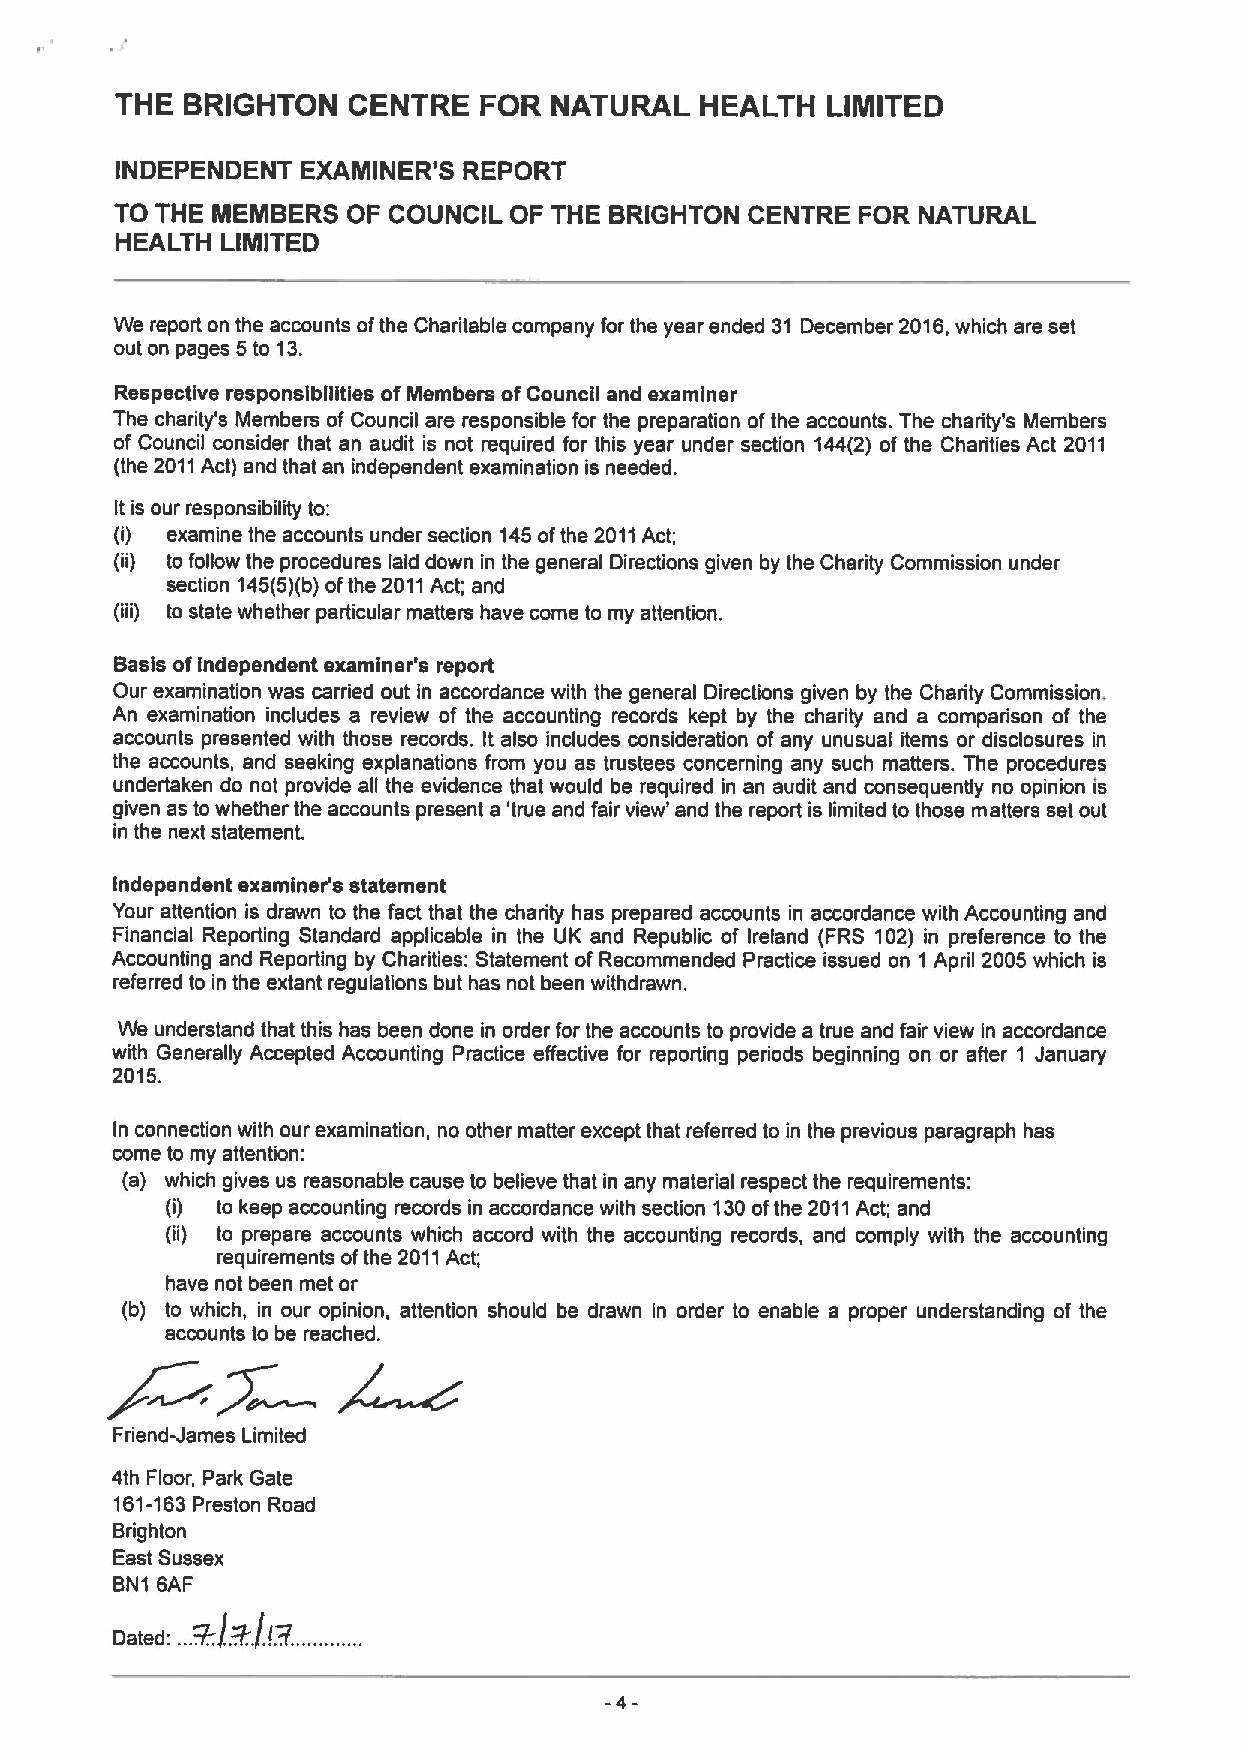
THE BRIGHTON   CENTRE   FOR NATURAL   HEALTH   LIMITED
 INDEPENDENT EXAMINER'S REPORT
 TO THE MEMBERS OF COUNCIL OF THE BRIGHTON CENTRE FOR NATURAL
 HEALTH LIMITED
 We report on the accounts ofthe Charitable company for the year ended 31 December 2016,which are set
 out on pages 5to 13.
 Respective responsibilities ofMembers ofCouncil and examiner
 The charity's Members of Council are responsible for the preparation ofthe accounts. The charity's Members
 of Council consider that an audit is not required for this year under section 144(2) of the Charities Act 2011
 (the 2011Act) and that an independent examination is needed.
 It is our responsibility to:
 (i) examine the accounts under section 145ofthe 2011Act;
 (ii) to follow the procedures laid down in the general Directions given by the Chadty Commission under
 section 145(5)(b)ofthe 2011Act; and
 (iii) to state whether particular matters have come to my attention.
 Basis ofindependent examiner's report
 Dur examination was carried out in accordance with the general Directions given by the Charity Commission,
 An examination includes a review of the accounting records kept by the charity and a comparison of the
 accounts presented with those records. It also includes consideration of any unusual items or disclosures in
 the accounts, and seeking explanations from you as trustees concerning any such matters. The procedures
 undertaken do not provide all the evidence that would be required in an audit and consequently no opinion is
 given as to whether the accounts present a 'true and fair view' and the report is limited to those matters set out
 in the next statement.
 Independent examiner's statement
 Your attention is drawn to the fact that the charity has prepared accounts in accordance with Accounting and
 Financial Reporting Standard applicable in the UK and Republic of Ireland (FRS 102) in preference to the
 Accounting and Reporting by Charities: Statement of Recommended Practice issued on 1 April 2005 which is
 referred to in the extant regulations but has not been withdrawn.
 We understand that this has been done in order for the accounts to provide a true and fair view in accordance
 with Generally Accepted Accounting Practice effective for reporting periods beginning on or after 1 January
 2015.
 In connection with our examination, no other matter except that referred to in the previous paragraph has
 come to my attention:
 (a) which gives us reasonable cause to believe that in any material respect the requirements:
 (i) to keep accounting records in accordance with section 130ofthe 2011Act; and
 (ii) to prepare accounts which accord with the accounting records, and comply with the accounting
 requirements ofthe 2011Act;
 have not been met or
 (b) to which, in our opinion, attention should be drawn in order to enable a proper understanding of the
 accounts to be reached.
 Friend-James Limited
 4th Floor, Park Gate
 161-163Preston Road
 Brighton
 East Sussex
 BN1 6AF
 J!
 Dated:
 ..+lH f"""""